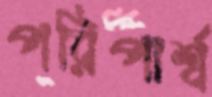
পরিপার্শ্ব